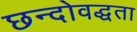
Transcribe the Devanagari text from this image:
छन्दोवद्धता